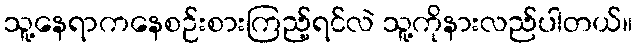
သူ့နေရာကနေစဉ်းစားကြည့်ရင်လဲ သူ့ကိုနားလည်ပါတယ်။